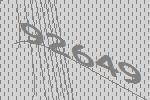
92649